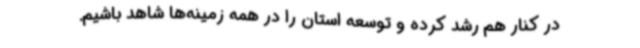
در کنار هم رشد کرده و توسعه استان را در همه زمینه‌ها شاهد باشیم.